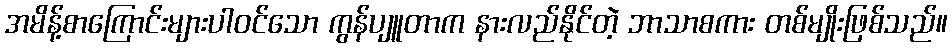
အမိန့်စာကြောင်းများပါဝင်သော ကွန်ပျူတာက နားလည်နိုင်တဲ့ ဘာသာစကား တစ်မျိုးဖြစ်သည်။